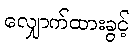
လျှောက်ထားခွင့်